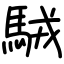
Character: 駥